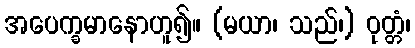
အပေက္ခမာနောဟူ၍။ (မယာ၊ သည်၊) ဝုတ္တံ၊